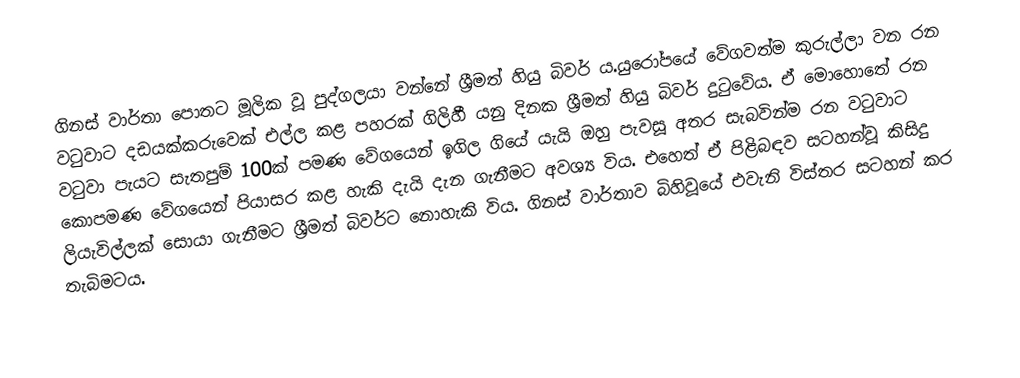
ගිනස් වාර්තා ‍පොතට මූලික වූ පුද්ගලයා වන්නේ ශ්‍රීමත් හියු බිවර් ය.යුරෝපයේ වේගවත්ම කුරුල්ලා වන රන වටුවාට දඩයක්කරුවෙක් එල්ල කළ පහරක් ගිලිහී යනු දිනක ශ්‍රීමත් හියු බිවර් දුටුවේය. ඒ මොහොතේ රන වටුවා පැයට සැතපුම් 100ක් පමණ වේගයෙන් ඉගිල ගියේ යැයි ඔහු පැවසූ අතර සැබවින්ම රන වටුවාට කොපමණ වේගයෙන් පියාසර කළ හැකි දැයි දැන ගැනීමට අවශ්‍ය විය. එහෙත් ඒ පිළිබඳව සටහන්වූ කිසිදු ලියැවිල්ලක් සොයා ගැනීමට ශ්‍රීමත් බිවර්ට නොහැකි විය. ගිනස් වාර්තාව බිහිවූයේ එවැනි විස්තර සටහන් කර තැබිමටය.